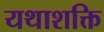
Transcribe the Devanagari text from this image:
यथाशक्ति